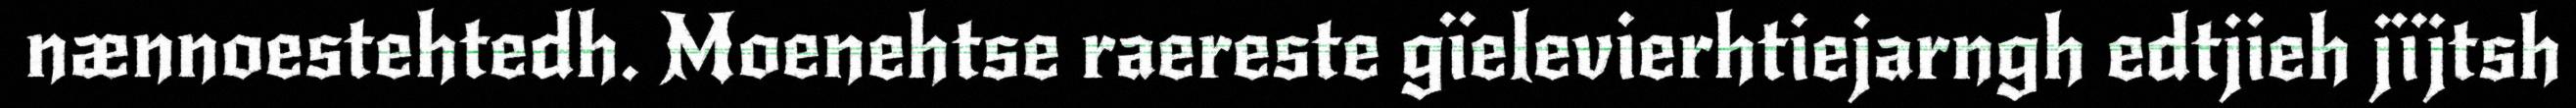
nænnoestehtedh. Moenehtse raereste gïelevierhtiejarngh edtjieh jïjtsh